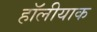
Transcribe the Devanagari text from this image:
हॉलीयाक